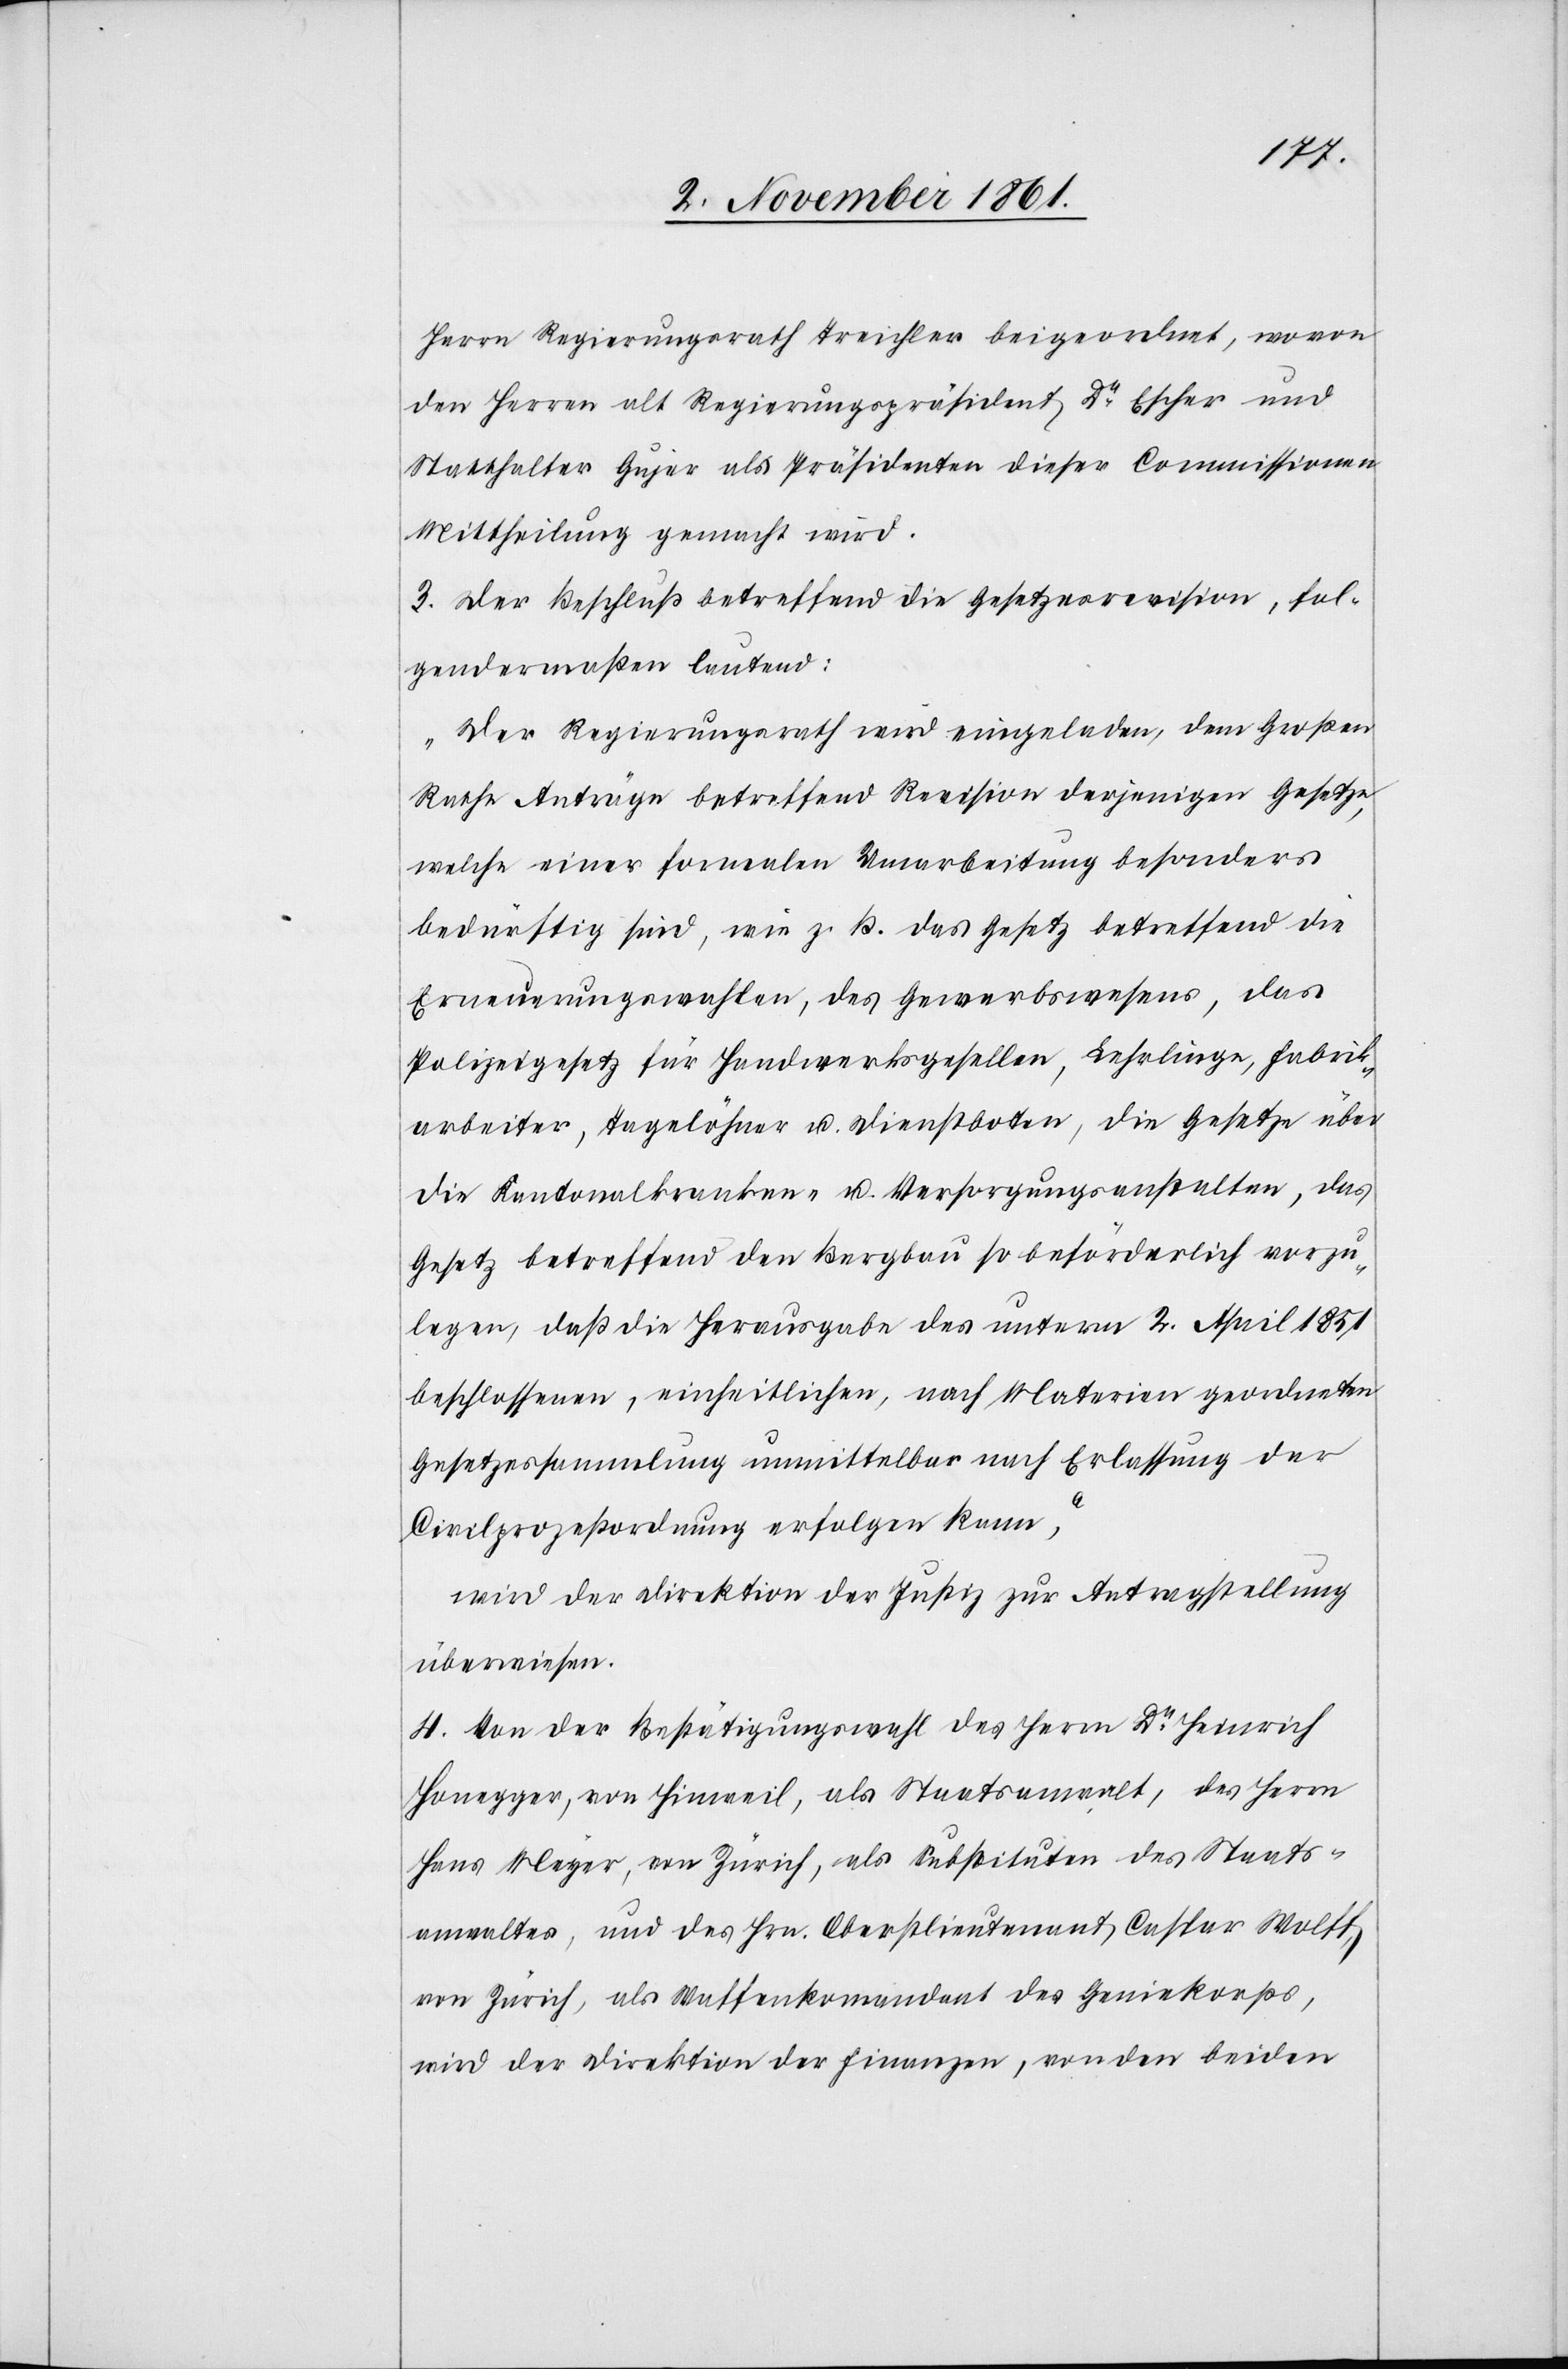
Herrn Regierungsrath Treichler beigeordnet, wovon
den Herrn alt Regierungspräsident Dr Escher und
Statthalter Gujer als Präsidenten dieser Commissionen
Mittheilung gemacht wird.
3. Der Beschluß betreffend die Gesetzesrevision, fol¬
gendermaßen lautend:
„Der Regierungsrath wird eingeladen, dem Großen
Rathe Anträge betreffend Revision derjenigen Gesetze,
welche einer formalen Umarbeitung besonders
bedürftig sind, wie z. B. das Gesetz betreffend die
Erneuerungswahlen, des Gewerbswesens, das
Polizeigesetz für Handwerksgesellen, Lehrlinge, Fabrik¬
arbeiter, Tagelöhner u. Dienstboten, die Gesetze über
die Kantonalkranken- u. Versorgungsanstalten, das
Gesetz betreffend den Bergbau so beförderlich vorzu¬
legen, daß die Herausgabe der unterm 2 April 1851
beschlossenen, einheitlichen, nach Materien geordneten
Gesetzessammlung unmittelbar nach Erlassung der
Civilprozeßordnung erfolgen kann,“
wird der Direktion der Justiz zur Antragstellung
überwiesen.
4. Von der Bestätigungswahl des Herrn Dr Heinrich
Honegger, von Hinweil, als Staatsanwalt, des Herrn
Hans Meyer, von Zürich, als Substituten des Staats¬
anwaltes, und des Hrn. Oberstlieutnant Caspar Wolff,
von Zürich, als Waffenkommandant des Geniekorps,
wird der Direktion der Finanzen, von den beiden